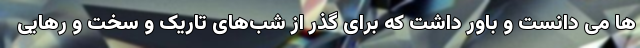
ها می دانست و باور داشت که برای گذر از شب‌های تاریک و سخت و رهایی